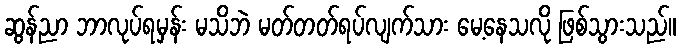
ဆွန်ညာ ဘာလုပ်ရမှန်း မသိဘဲ မတ်တတ်ရပ်လျက်သား မေ့နေသလို ဖြစ်သွားသည်။